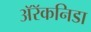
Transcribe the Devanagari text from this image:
अॅरॅकनिडा